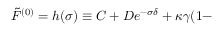
\tilde { F } ^ { ( 0 ) } = h ( \sigma ) \equiv C + D e ^ { - \sigma \delta } + \kappa \gamma ( 1 -